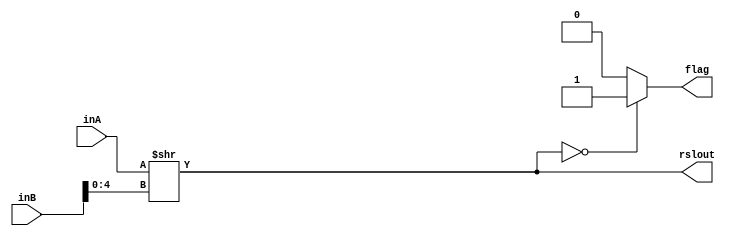
module RSL(inA, inB, rslout, flag);
    input [31:0] inA;
    input [31:0] inB;
    output reg [31:0] rslout;
    output reg flag;
    
    always@(*) begin
        rslout = inA>>inB[4:0];
        if(rslout==0)
            flag = 1;
        else
            flag = 0;
    end
endmodule